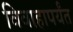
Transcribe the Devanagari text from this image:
विवाहापर्यंत